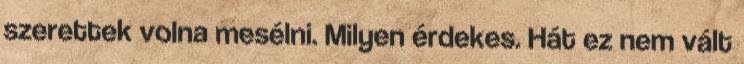
szerettek volna mesélni. Milyen érdekes. Hát ez nem vált